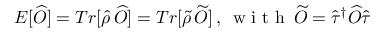
\begin{array} { r } { E [ \widehat { O } ] = T r [ \widehat { \rho } \, \widehat { O } ] = T r [ \widetilde { \rho } \, \widetilde { O } ] \, , \, \mathrm { ~ w ~ i ~ t ~ h ~ } \, \widetilde { O } = \widehat \tau ^ { \dagger } { \widehat O } \widehat \tau } \end{array}